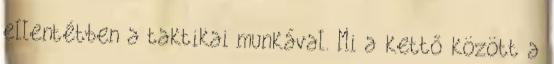
ellentétben a taktikai munkával. Mi a kettő között a